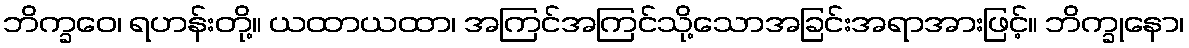
ဘိက္ခဝေ၊ ရဟန်းတို့။ ယထာယထာ၊ အကြင်အကြင်သို့သောအခြင်းအရာအားဖြင့်။ ဘိက္ခုနော၊